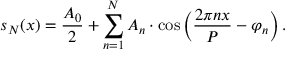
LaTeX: s _ { N } ( x ) = { \frac { A _ { 0 } } { 2 } } + \sum _ { n = 1 } ^ { N } A _ { n } \cdot \cos \left( { \frac { 2 \pi n x } { P } } - \varphi _ { n } \right) .